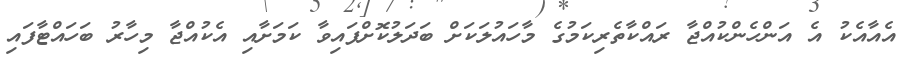
އެއާއެކު އެ އަންހެންކުއްޖާ ރައްކާތެރިކަމުގެ މާހައުލަކަށް ބަދަލުކޮށްފައިވާ ކަމަށާއި އެކުއްޖާ މިހާރު ބަހައްޓާފައި